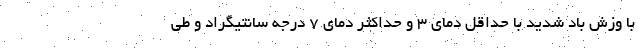
با وزش باد شدید با حداقل دمای ۳ و حداکثر دمای ۷ درجه سانتیگراد و طی